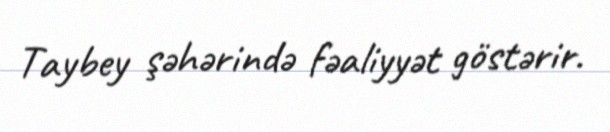
Taybey şəhərində fəaliyyət göstərir.